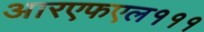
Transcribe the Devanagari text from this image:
आरएफएल१११